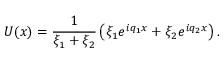
U ( x ) = \frac { 1 } { \xi _ { 1 } + \xi _ { 2 } } \left( \xi _ { 1 } e ^ { i q _ { 1 } x } + \xi _ { 2 } e ^ { i q _ { 2 } x } \right) .